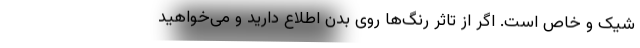
شیک و خاص است. اگر از تاثر رنگ‌ها روی بدن اطلاع دارید و می‌خواهید